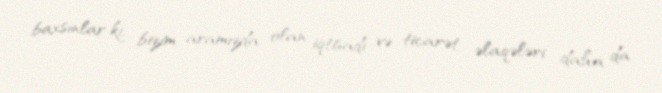
baxsınlar ki, bizim aramızda olan iqtisadi və ticarət əlaqələri daha da